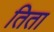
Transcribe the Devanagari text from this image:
तिता